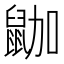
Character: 鿼